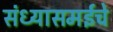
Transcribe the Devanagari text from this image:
संध्यासमईचे